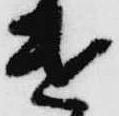
遣